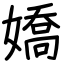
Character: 嬌